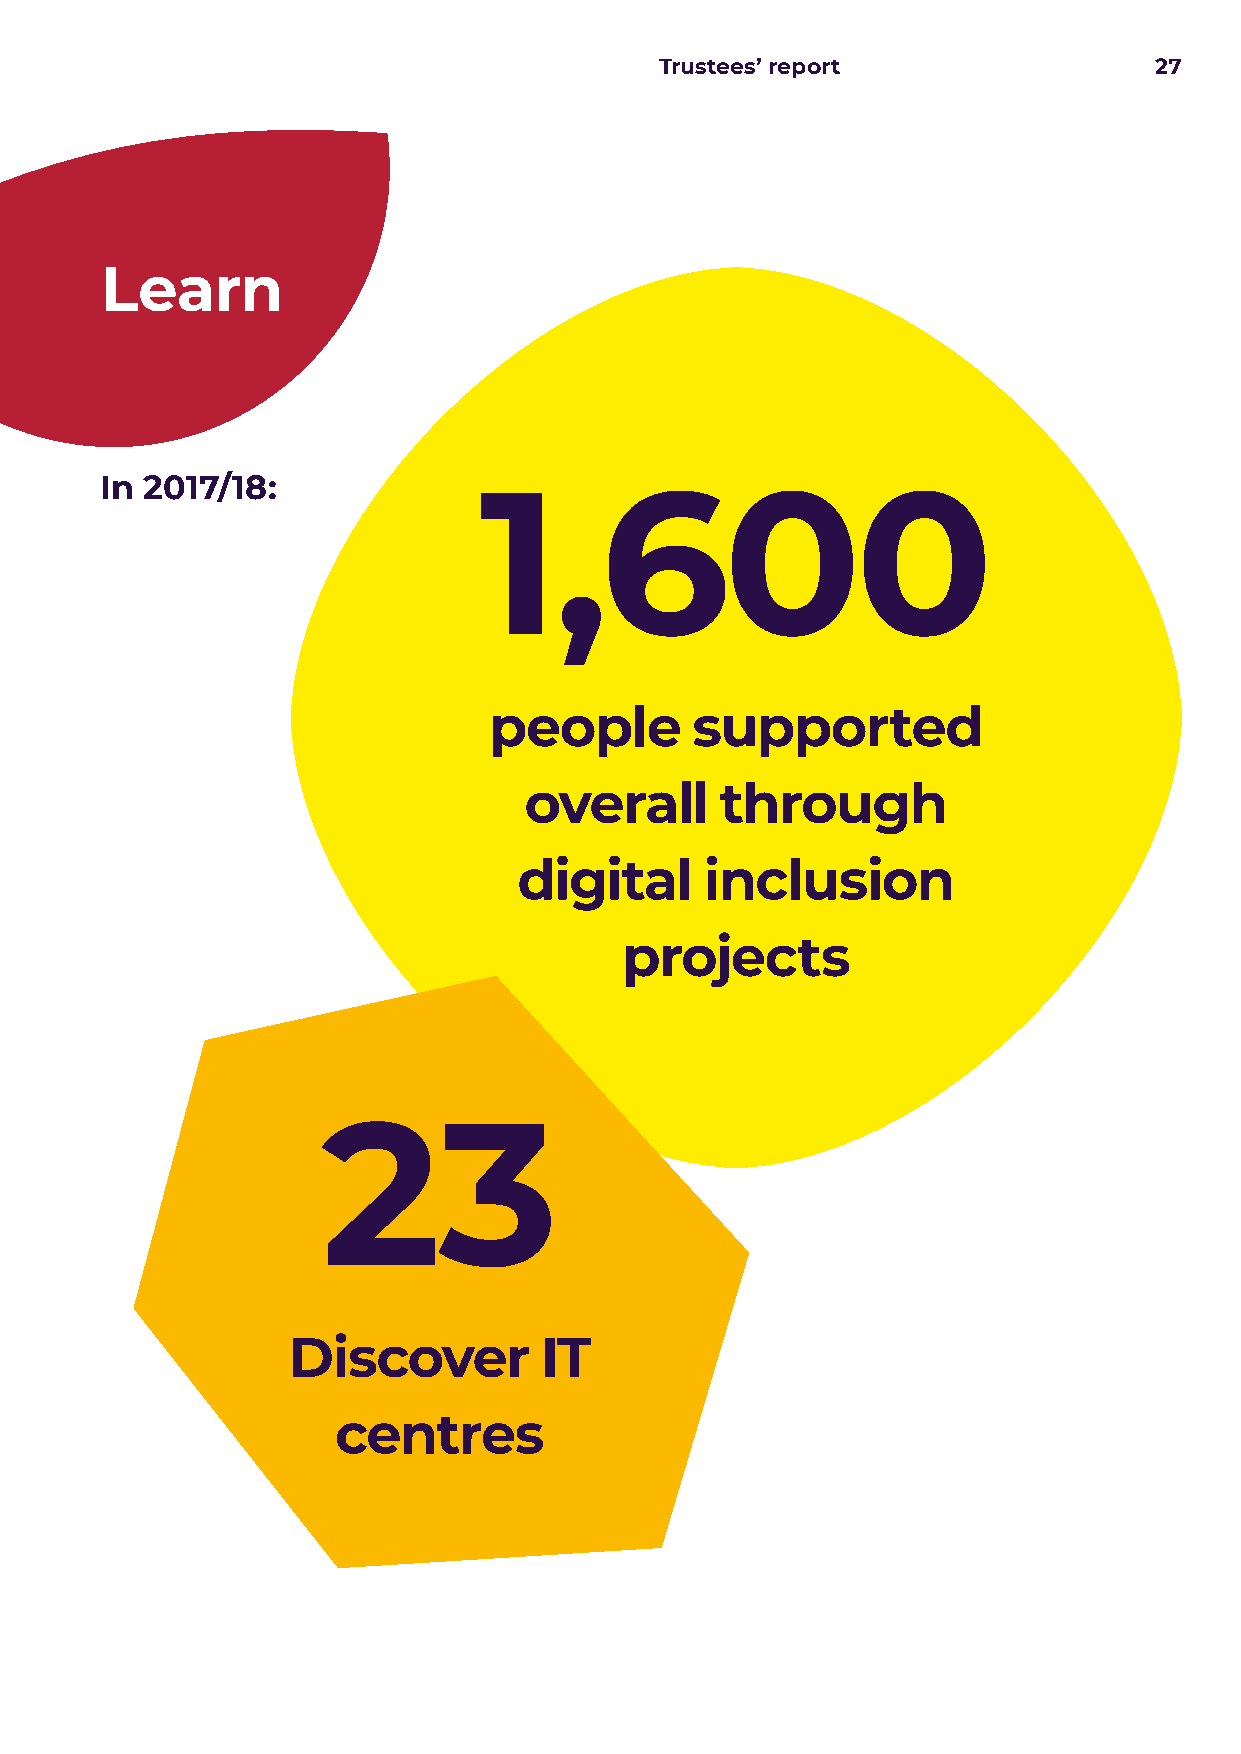
Trustees’ report                27
 Learn
 In 2017/18:
 1,600
 people        supported
 overall      through
 digital      inclusion
 projects
 23
 Discover         IT
 centres